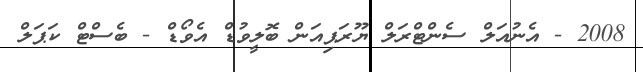
2008 - އެނުއަލް ސެންޓްރަލް ޔޫރަޕިއަން ބޮލީވުޑް އެވޯޑް - ބެސްޓް ކަޕަލް